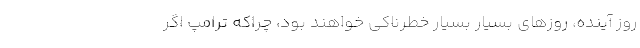
روز آینده، روزهای بسیار بسیار خطرناکی خواهند بود، چراکه ترامپ اگر